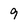
Character: 9